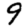
Digit: 9